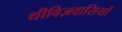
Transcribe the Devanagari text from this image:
थीविज़वासियों